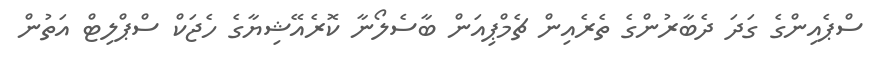
ސްޕެއިންގެ ގަދަ ދެބާރުންގެ ތެރެއިން ޗެމްޕިއަން ބާސެލޯނާ ކޮރެއޭޝިޔާގެ ހެޖަކް ސްޕްލިޓް އަތުން